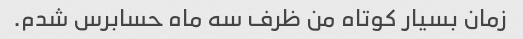
زمان بسیار کوتاه من ظرف سه ماه حسابرس شدم.